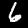
Label: 6